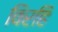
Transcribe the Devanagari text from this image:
विरहि